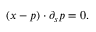
\begin{array} { r } { ( x - p ) \cdot \partial _ { s } p = 0 . } \end{array}